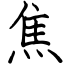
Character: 焦